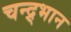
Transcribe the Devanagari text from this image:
चन्द्र्भान